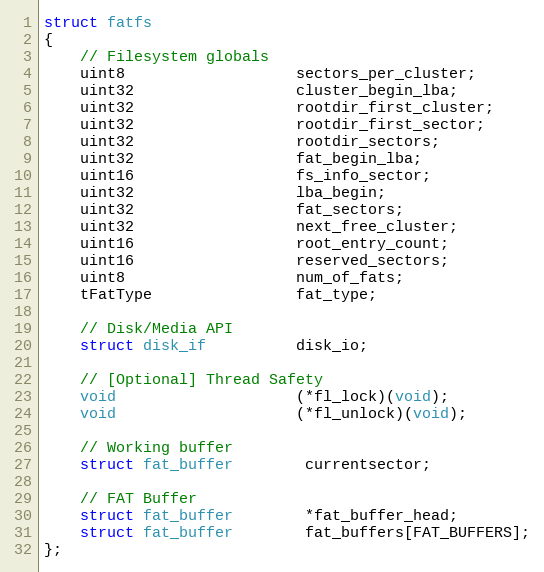
Language: C
struct fatfs
{
    // Filesystem globals
    uint8                   sectors_per_cluster;
    uint32                  cluster_begin_lba;
    uint32                  rootdir_first_cluster;
    uint32                  rootdir_first_sector;
    uint32                  rootdir_sectors;
    uint32                  fat_begin_lba;
    uint16                  fs_info_sector;
    uint32                  lba_begin;
    uint32                  fat_sectors;
    uint32                  next_free_cluster;
    uint16                  root_entry_count;
    uint16                  reserved_sectors;
    uint8                   num_of_fats;
    tFatType                fat_type;

    // Disk/Media API
    struct disk_if          disk_io;

    // [Optional] Thread Safety
    void                    (*fl_lock)(void);
    void                    (*fl_unlock)(void);

    // Working buffer
    struct fat_buffer        currentsector;

    // FAT Buffer
    struct fat_buffer        *fat_buffer_head;
    struct fat_buffer        fat_buffers[FAT_BUFFERS];
};